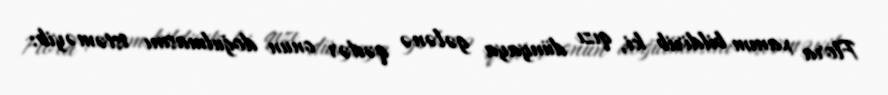
Flora xanım bildirib ki, qızı dünyaya gələnə qədər onun doğulmasını istəməyib: